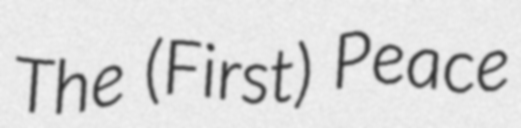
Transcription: The (First) Peace